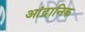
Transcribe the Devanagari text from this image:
आंद्रानिक